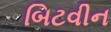
બિટવીન